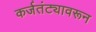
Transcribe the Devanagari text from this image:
कर्जतंट्यावरून